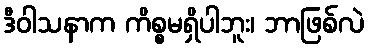
ဒီဝါသနာက ကိစ္စမရှိပါဘူး၊ ဘာဖြစ်လဲ